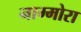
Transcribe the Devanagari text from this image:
नाम्मोरा